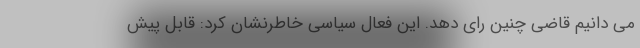
می دانیم قاضی چنین رای دهد. این فعال سیاسی خاطرنشان کرد: قابل پیش